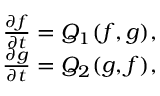
\begin{array} { r } { \frac { \partial f } { \partial t } = Q _ { 1 } ( f , g ) , } \\ { \frac { \partial g } { \partial t } = Q _ { 2 } ( g , f ) , } \end{array}